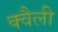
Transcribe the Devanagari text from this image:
क्वैली